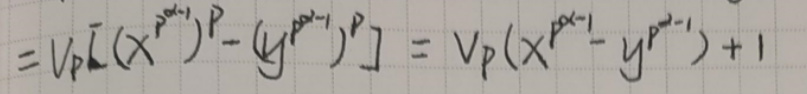
\[
= V_p\left[\left(x^{p^{a - 1}}\right)^p - \left(y^{p^{a - 1}}\right)^p\right]=V_p\left(x^{p^{a - 1}}-y^{p^{a - 1}}\right)+1
\]